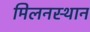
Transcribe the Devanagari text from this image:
मिलनस्थान